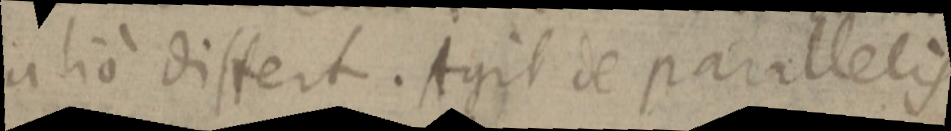
alio dissert. Agit de parallelis